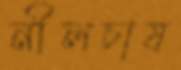
নীলচাষ